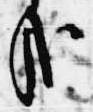
哉